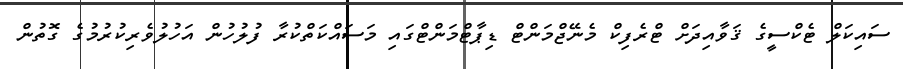
ސައިކަލް ޓެކްސީގެ ޤަވާއިދަށް ޓްރެފިކް މެނޭޖްމަންޓް ޑިޕާޓްމަންޓްގައި މަސައްކަތްކުރާ ފުލުހުން އަހުލުވެރިކުރުމުގެ ގޮތުން